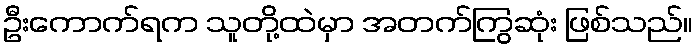
ဦးကောက်ရက သူတို့ထဲမှာ အတက်ကြွဆုံး ဖြစ်သည်။